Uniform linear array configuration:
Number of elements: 24
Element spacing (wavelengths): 1
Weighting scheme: uniform
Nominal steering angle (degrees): -45
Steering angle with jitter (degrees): -46.292
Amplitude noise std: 0.05
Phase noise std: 0.05

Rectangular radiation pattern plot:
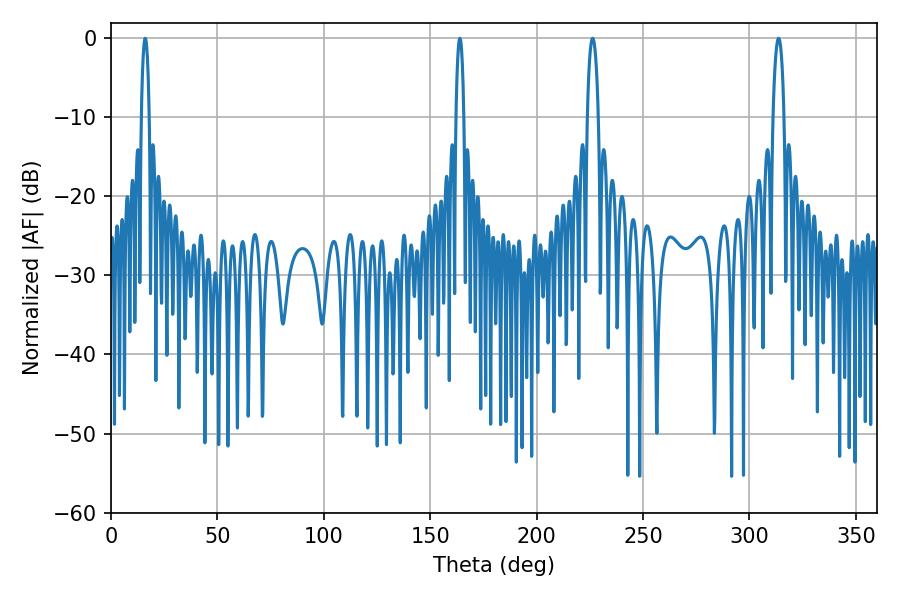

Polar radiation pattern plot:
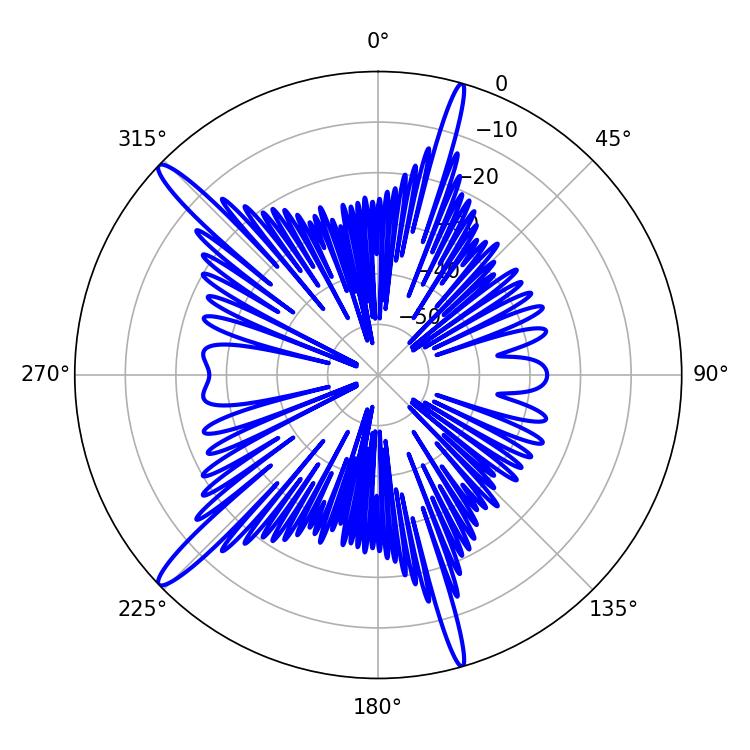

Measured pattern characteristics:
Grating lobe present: TRUE
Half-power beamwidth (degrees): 2.88
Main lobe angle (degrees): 226.26